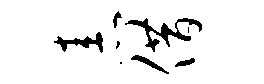
恚借